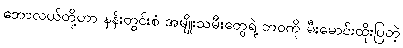
ဘောလယ်တို့ဟာ နန်းတွင်းစံ အမျိုးသမီးတွေရဲ့ ဘဝကို မီးမောင်းထိုးပြတဲ့